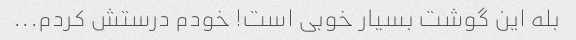
بله این گوشت بسیار خوبی است! خودم درستش کردم...